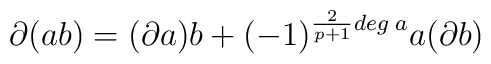
\partial (ab)=(\partial a)b+(-1)^{\frac {2}{p+1} deg \; a} a(\partial b)